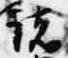
諸